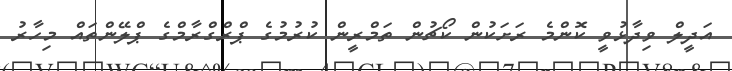
އަދީލް ވިދާޅުވީ ކޮންމެ ރަށަކުން ކޯޗުން ތަމްރީން ކުރުމުގެ ޕްރްގްރާމްގެ ޕްލޭންތައް މިހާރު